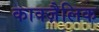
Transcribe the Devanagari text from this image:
काक्ज़ैलिक